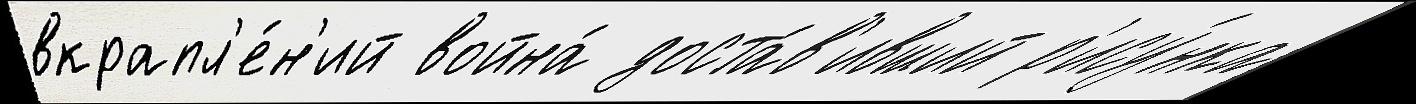
вкрапл'е́н'ий война́ доста́в'ивший р'ису́нка